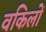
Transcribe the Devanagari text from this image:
वकिलों